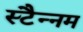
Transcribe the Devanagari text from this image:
स्टैन्नम